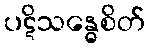
ပဋိသန္ဓေစိတ်